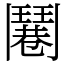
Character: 𩰓